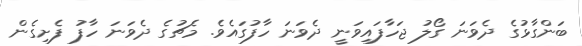
ބަންގާޅުގެ ދެވަނަ ގޯލު ޖަހާފައިވަނީ ދެވަަނަ ހާފުގައެވެ. މެޗުގެ ދެވަނަ ހާފު ފެށިގެން